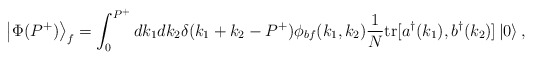
\begin{align*}\left\vert \Phi(P^+) \right\rangle_f=\int_0^{P^+} dk_1 dk_2 \delta(k_1+k_2-P^+)\phi_{bf}(k_1,k_2){1 \over N}{\rm tr}[a^\dagger(k_1), b^\dagger(k_2)]\left\vert 0 \right\rangle ,\end{align*}